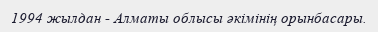
1994 жылдан - Алматы облысы әкімінің орынбасары.